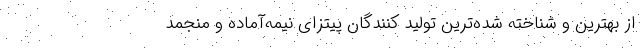
از بهترین و شناخته شده‌ترین تولید کنندگان پیتزای نیمه‌آماده و منجمد